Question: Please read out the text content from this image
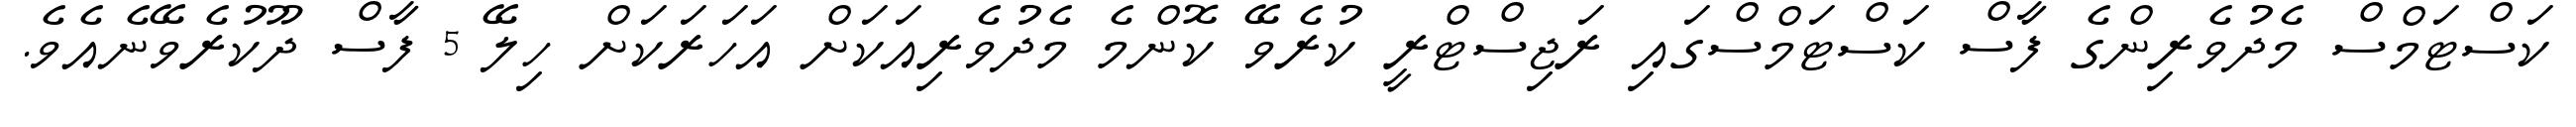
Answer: ކަސްޓަމްސް މެދުވެރިންގެ ފާސް ކަސްޓަމްސްގައި ރަޖިސްޓްރީ ކުރެވޭ ކޮންމެ މެދުވެރިއަކަށް އަހަރަކަށް ހިލޭ 5 ފާސް ދޫކުރެވޭނެއެވެ.